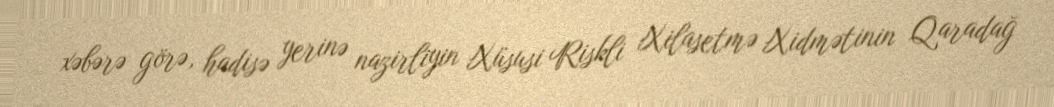
xəbərə görə, hadisə yerinə nazirliyin Xüsusi Riskli Xilasetmə Xidmətinin Qaradağ